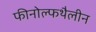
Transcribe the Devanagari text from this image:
फीनोल्फथैलीन